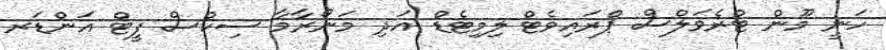
ހަނީ މޫން ޓްރެވަލްސް ޕްރައިވެޓް ލިމިޓެޑް އަދި މަނޯރާމާ ސިކްސް ފީޓް އަންޑަރ